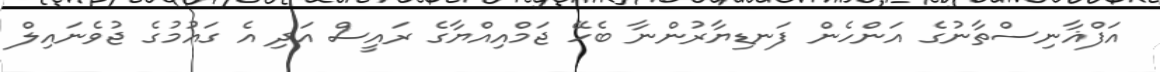
އަފްޣާނިސްތާނުގެ އަންހެން ފަނޑިޔާރުންނާ ބެހޭ ޖަމްއިއްޔާގެ ރައީސް އަދި އެ ގައުމުގެ ޖުވެނައިލް